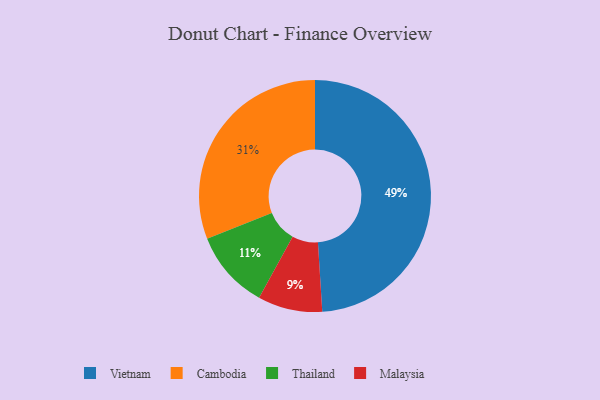
{"axis": {"x": "Category", "y": "Percentage"}, "legend": ["Cambodia", "Malaysia", "Thailand", "Vietnam"], "data": [{"x": "Cambodia", "y": 31, "type": "Cambodia"}, {"x": "Vietnam", "y": 49, "type": "Vietnam"}, {"x": "Thailand", "y": 11, "type": "Thailand"}, {"x": "Malaysia", "y": 9, "type": "Malaysia"}]}